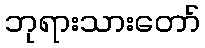
ဘုရားသားတော်